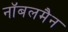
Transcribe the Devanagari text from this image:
नॉबलमैन